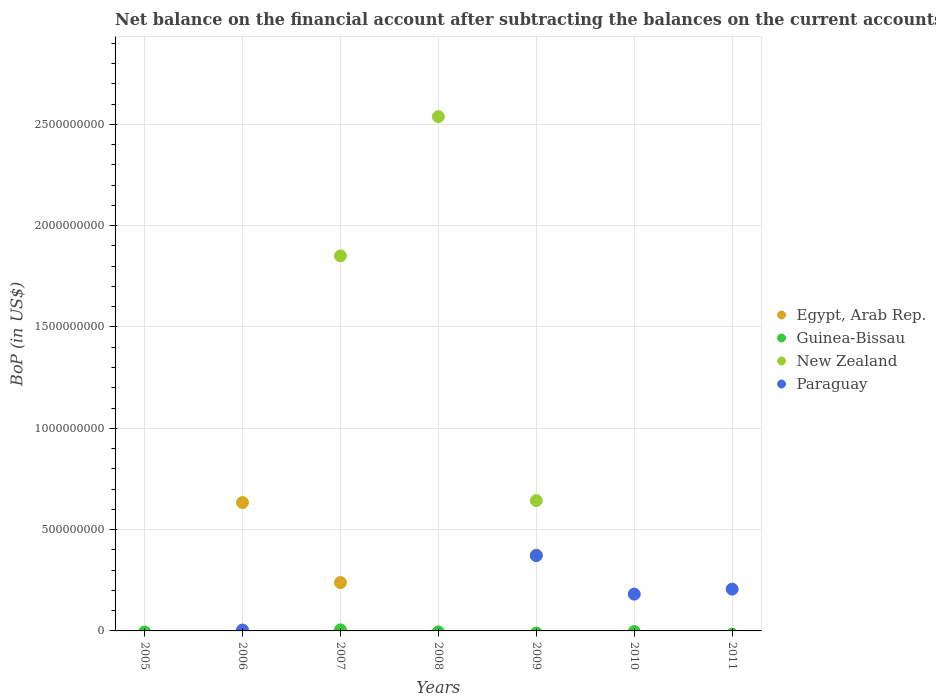
| Years | Egypt, Arab Rep. | Guinea-Bissau | New Zealand | Paraguay |
 | --- | --- | --- | --- | --- |
 | 2005 | -2.43e+09 | -5.3e+06 | -9e+08 | -3.58e+08 |
 | 2006 | 6.33e+08 | -9.91e+05 | -1.02e+09 | 4.4e+06 |
 | 2007 | 2.39e+08 | 5.2e+06 | 1.85e+09 | -5.05e+08 |
 | 2008 | -2.9e+09 | -4.85e+06 | 2.54e+09 | -4.02e+07 |
 | 2009 | 3.75e+08 | -1.07e+07 | 6.43e+08 | 3.71e+08 |
 | 2010 | -2.15e+09 | -3.05e+06 | -2.05e+09 | 1.82e+08 |
 | 2011 | -2.86e+09 | -1.64e+07 | -5.37e+09 | 2.06e+08 |